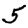
Digit: 5